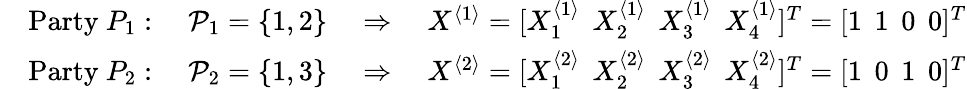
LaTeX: \begin{array}{rl}&{\mathrm{Party}~P_{1}:\quad\mathcal{P}_{1}=\{ 1,2\} \quad\Rightarrow\quad X^{\langle 1\rangle}=[X_{1}^{\langle 1\rangle}\: \: X_{2}^{\langle 1\rangle}\: \: X_{3}^{\langle 1\rangle}\: \: X_{4}^{\langle 1\rangle}]^{T}=[1\: \: 1\: \: 0\: \: 0]^{T}}\\ &{\mathrm{Party}~P_{2}:\quad\mathcal{P}_{2}=\{ 1,3\} \quad\Rightarrow\quad X^{\langle 2\rangle}=[X_{1}^{\langle 2\rangle}\: \: X_{2}^{\langle 2\rangle}\: \: X_{3}^{\langle 2\rangle}\: \: X_{4}^{\langle 2\rangle}]^{T}=[1\: \: 0\: \: 1\: \: 0]^{T}}\end{array}